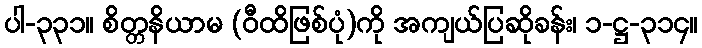
ပါ-၃၃၁။ စိတ္တနိယာမ (ဝီထိဖြစ်ပုံ)ကို အကျယ်ပြဆိုခန်း၊ ၁-ဋ္ဌ-၃၁၄။